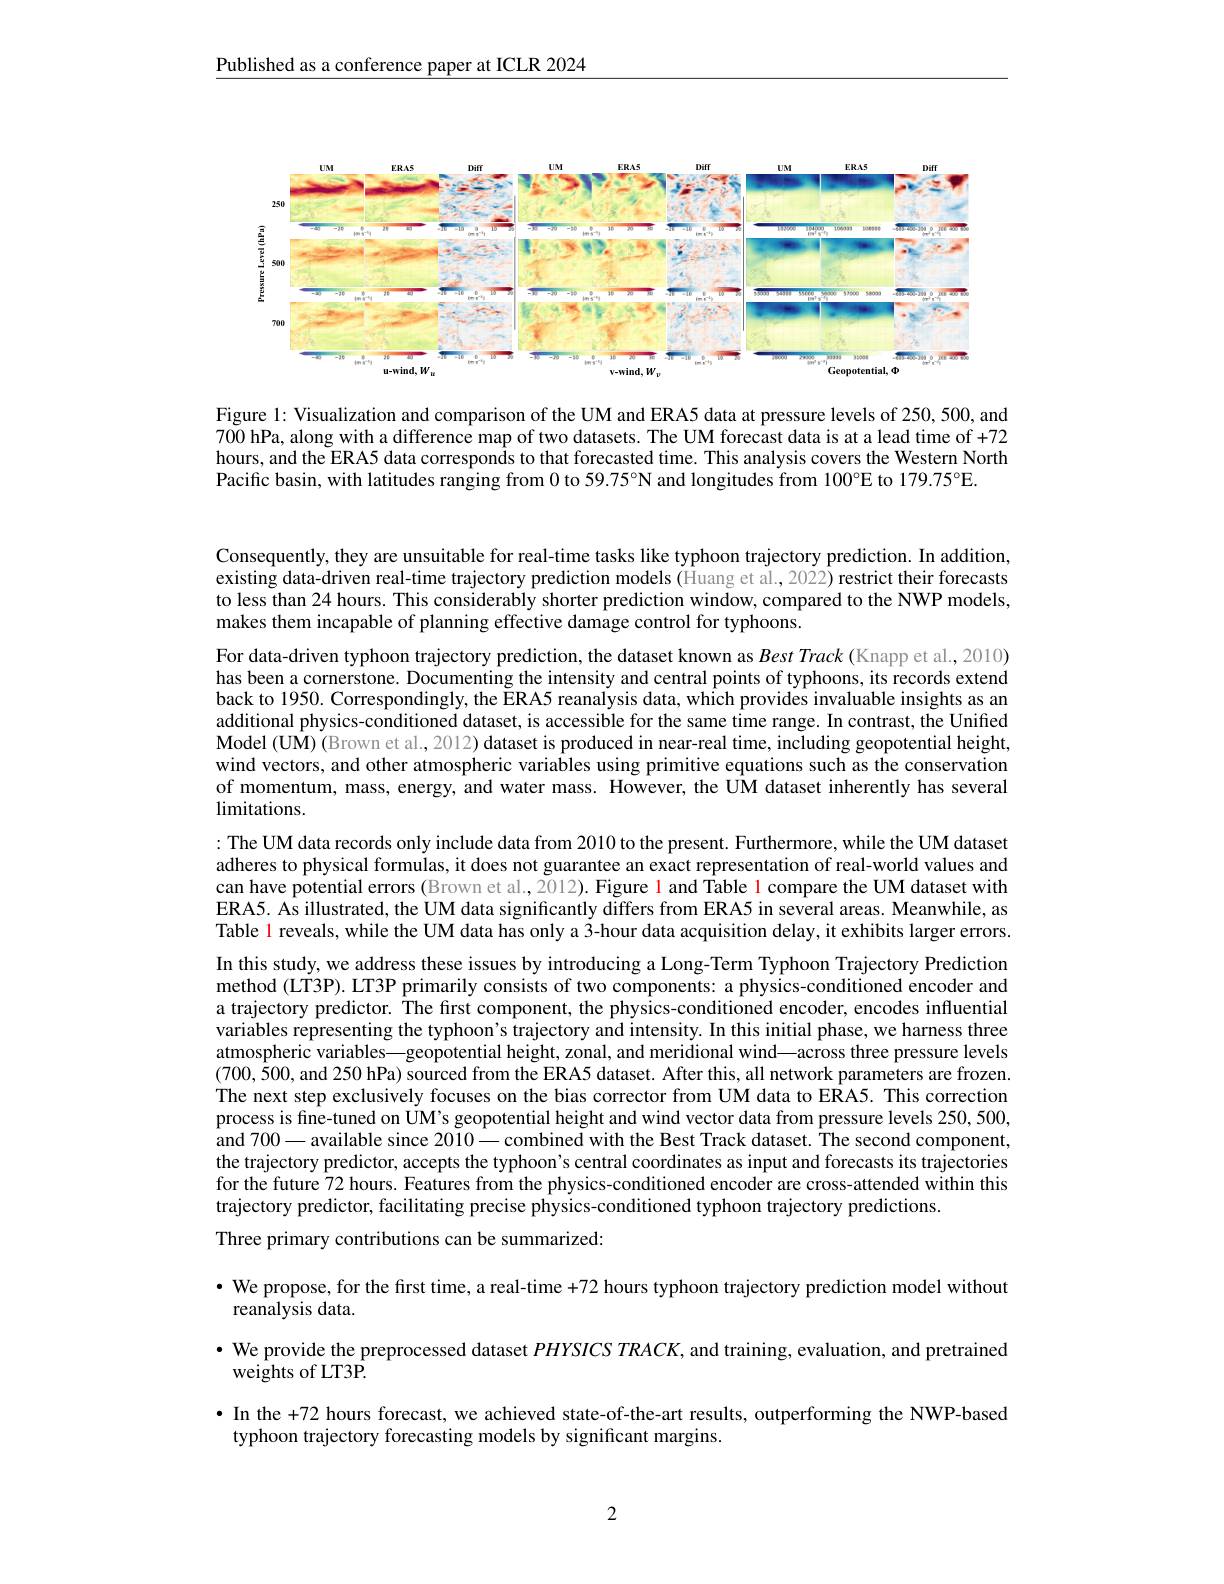
$\underline{\text{Published as a conference paper at ICLR 2024}}$

<FigureHere>

Figure 1: Visualization and comparison of the UM and ERA5 data at pressure levels of 250, 500, and 700 hPa, along with a difference map of two datasets. The UM forecast data is at a lead time of +72 hours, and the ERA5 data corresponds to that forecasted time. This analysis covers the Western North Pacific basin, with latitudes ranging from 0 to 59.75°N and longitudes from 100°E to 179.75°E.

Consequently, they are unsuitable for real-time tasks like typhoon trajectory prediction. In addition, existing data-driven real-time trajectory prediction models (Huang et al., 2022) restrict their forecasts to less than 24 hours. This considerably shorter prediction window, compared to the NWP models, makes them incapable of plan

For data-driven typhoon trajectory prediction, the dataset known as $Best\textit{Track}($Knapp et al., 2010) has been a cornerstone. Documenting the intensity and central points of typhoons, its records extend back to 1950. Correspondingly, the ERA5 reanalysis data, which provides invaluable insights as an additional physics-conditioned dataset, is accessible for the same time range. In contrast, the Unified $\mathbf{Model~(UM)~(Brown~et~al.,~2012)~dataset~is~produced~in~near-real~time,~including~geopotential~height,}$ wind vectors, and other atmospheric variables using primitive equations such as the conservation of momentum, mass, energy, and water mass. However, the UM dataset inherently has several $\operatorname*{limitations.}$
:The UM data records only include data from 2010 to the present. Furthermore, while the UM dataset adheres to physical formulas, it does not guarantee an exact representation of real-world values and can have potential errors (Brown et al.,2012). Figure l and Table l compare the UM dataset with ERA5. As illustrated, the UM data significantly differs from ERA5 in several areas. Meanwhile, as Table l reveals, while the UM data has only a 3-hour data acquisition delay, it exhibits larger errors. In this study, we address these issues by introducing a Long-Term Typhoon Trajectory Prediction method (LT3P). LT3P primarily consists of two components: a physics-conditioned encoder and a trajectory predictor. The frst component, the physics-conditioned encoder, encodes influential variables representing the typhoon's trajectory and intensity. In this initial phase, we harness three atmospheric variables—geopotential height, zonal, and meridional wind—across three pressure levels (700,500,and 250 hPa) sourced from the ERA5 dataset. After this, all network parameters are frozen. The next step exclusively focuses on the bias corrector from UM data to ERA5. This correction process is fine-tuned on UM's geopotential height and wind vector data from pressure levels 250, 500, and 700- available since 2010\_ combined with the Best Track dataset. The second component, the trajectory predictor, accepts the typhoon's central coordinates as input and forecasts its trajectories for the future 72 hours. Features from the physics-conditioned encoder are cross-attended within this trajectory predictor, facili
Three primary contributions can be summarized:

· We propose, for the first time, a real-time +72 hours typhoon trajectory prediction model without
reanalysis data.

$\bullet$ We provide the preprocessed dataset $PHYSICSTRACK$, and training, evaluation, and pretrained

$\tilde{\text{weights of LT3P}}.$

·In the +72 hours forecast, we achieved state-of-the-art results, outperforming the NWP-based
typhoon trajectory forecasting models by significant margins.

2